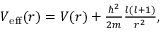
\begin{array} { r } { V _ { \mathrm { e f f } } ( r ) = V ( r ) + \frac { \hbar ^ { 2 } } { 2 m } \frac { l ( l + 1 ) } { r ^ { 2 } } , } \end{array}